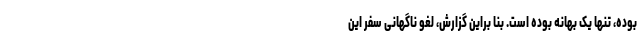
بوده، تنها یک بهانه بوده است. بنا براین گزارش، لغو ناگهانی سفر این